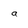
Character: a